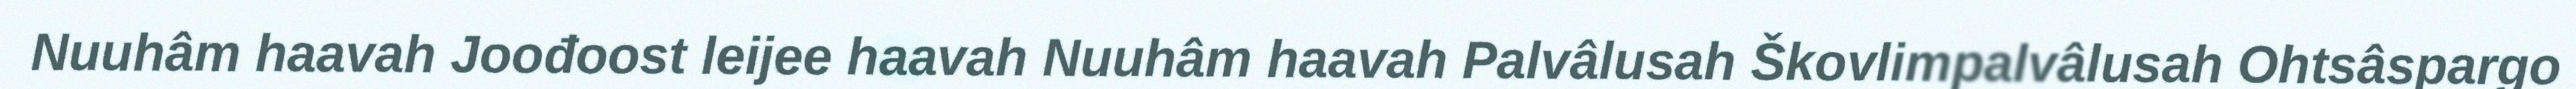
Nuuhâm haavah Joođoost leijee haavah Nuuhâm haavah Palvâlusah Škovlimpalvâlusah Ohtsâspargo